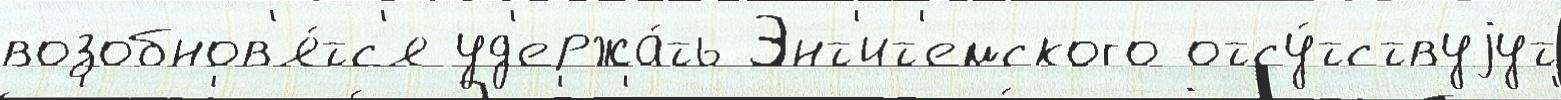
возобнов'я́тс'я уд'ержа́ть Энт'ит'емского отсу́тствуjут